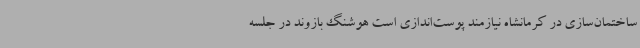
ساختمان‌سازی در کرمانشاه نیازمند پوست‌اندازی است هوشنگ بازوند در جلسه